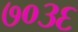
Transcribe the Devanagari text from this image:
७०३६